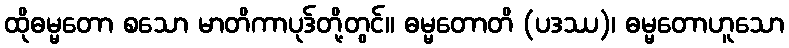
ထိုဓမ္မတော စသော မာတိကာပုဒ်တို့တွင်။ ဓမ္မတောတိ (ပဒဿ)၊ ဓမ္မတောဟူသော